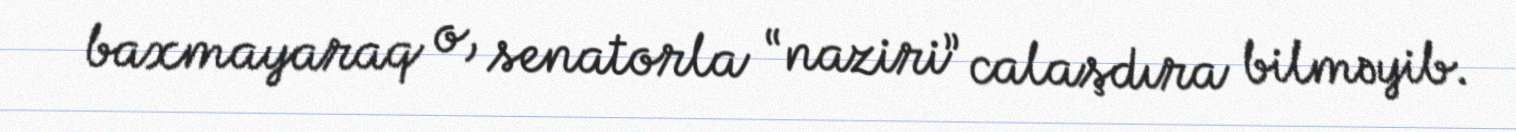
baxmayaraq o, senatorla “naziri” calaşdıra bilməyib.